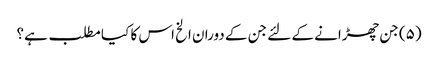
(۵) جن چھڑانے کے لئے جن کے دوران الخ اس کا کیا مطلب ہے؟